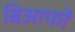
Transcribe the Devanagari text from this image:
बिआफो